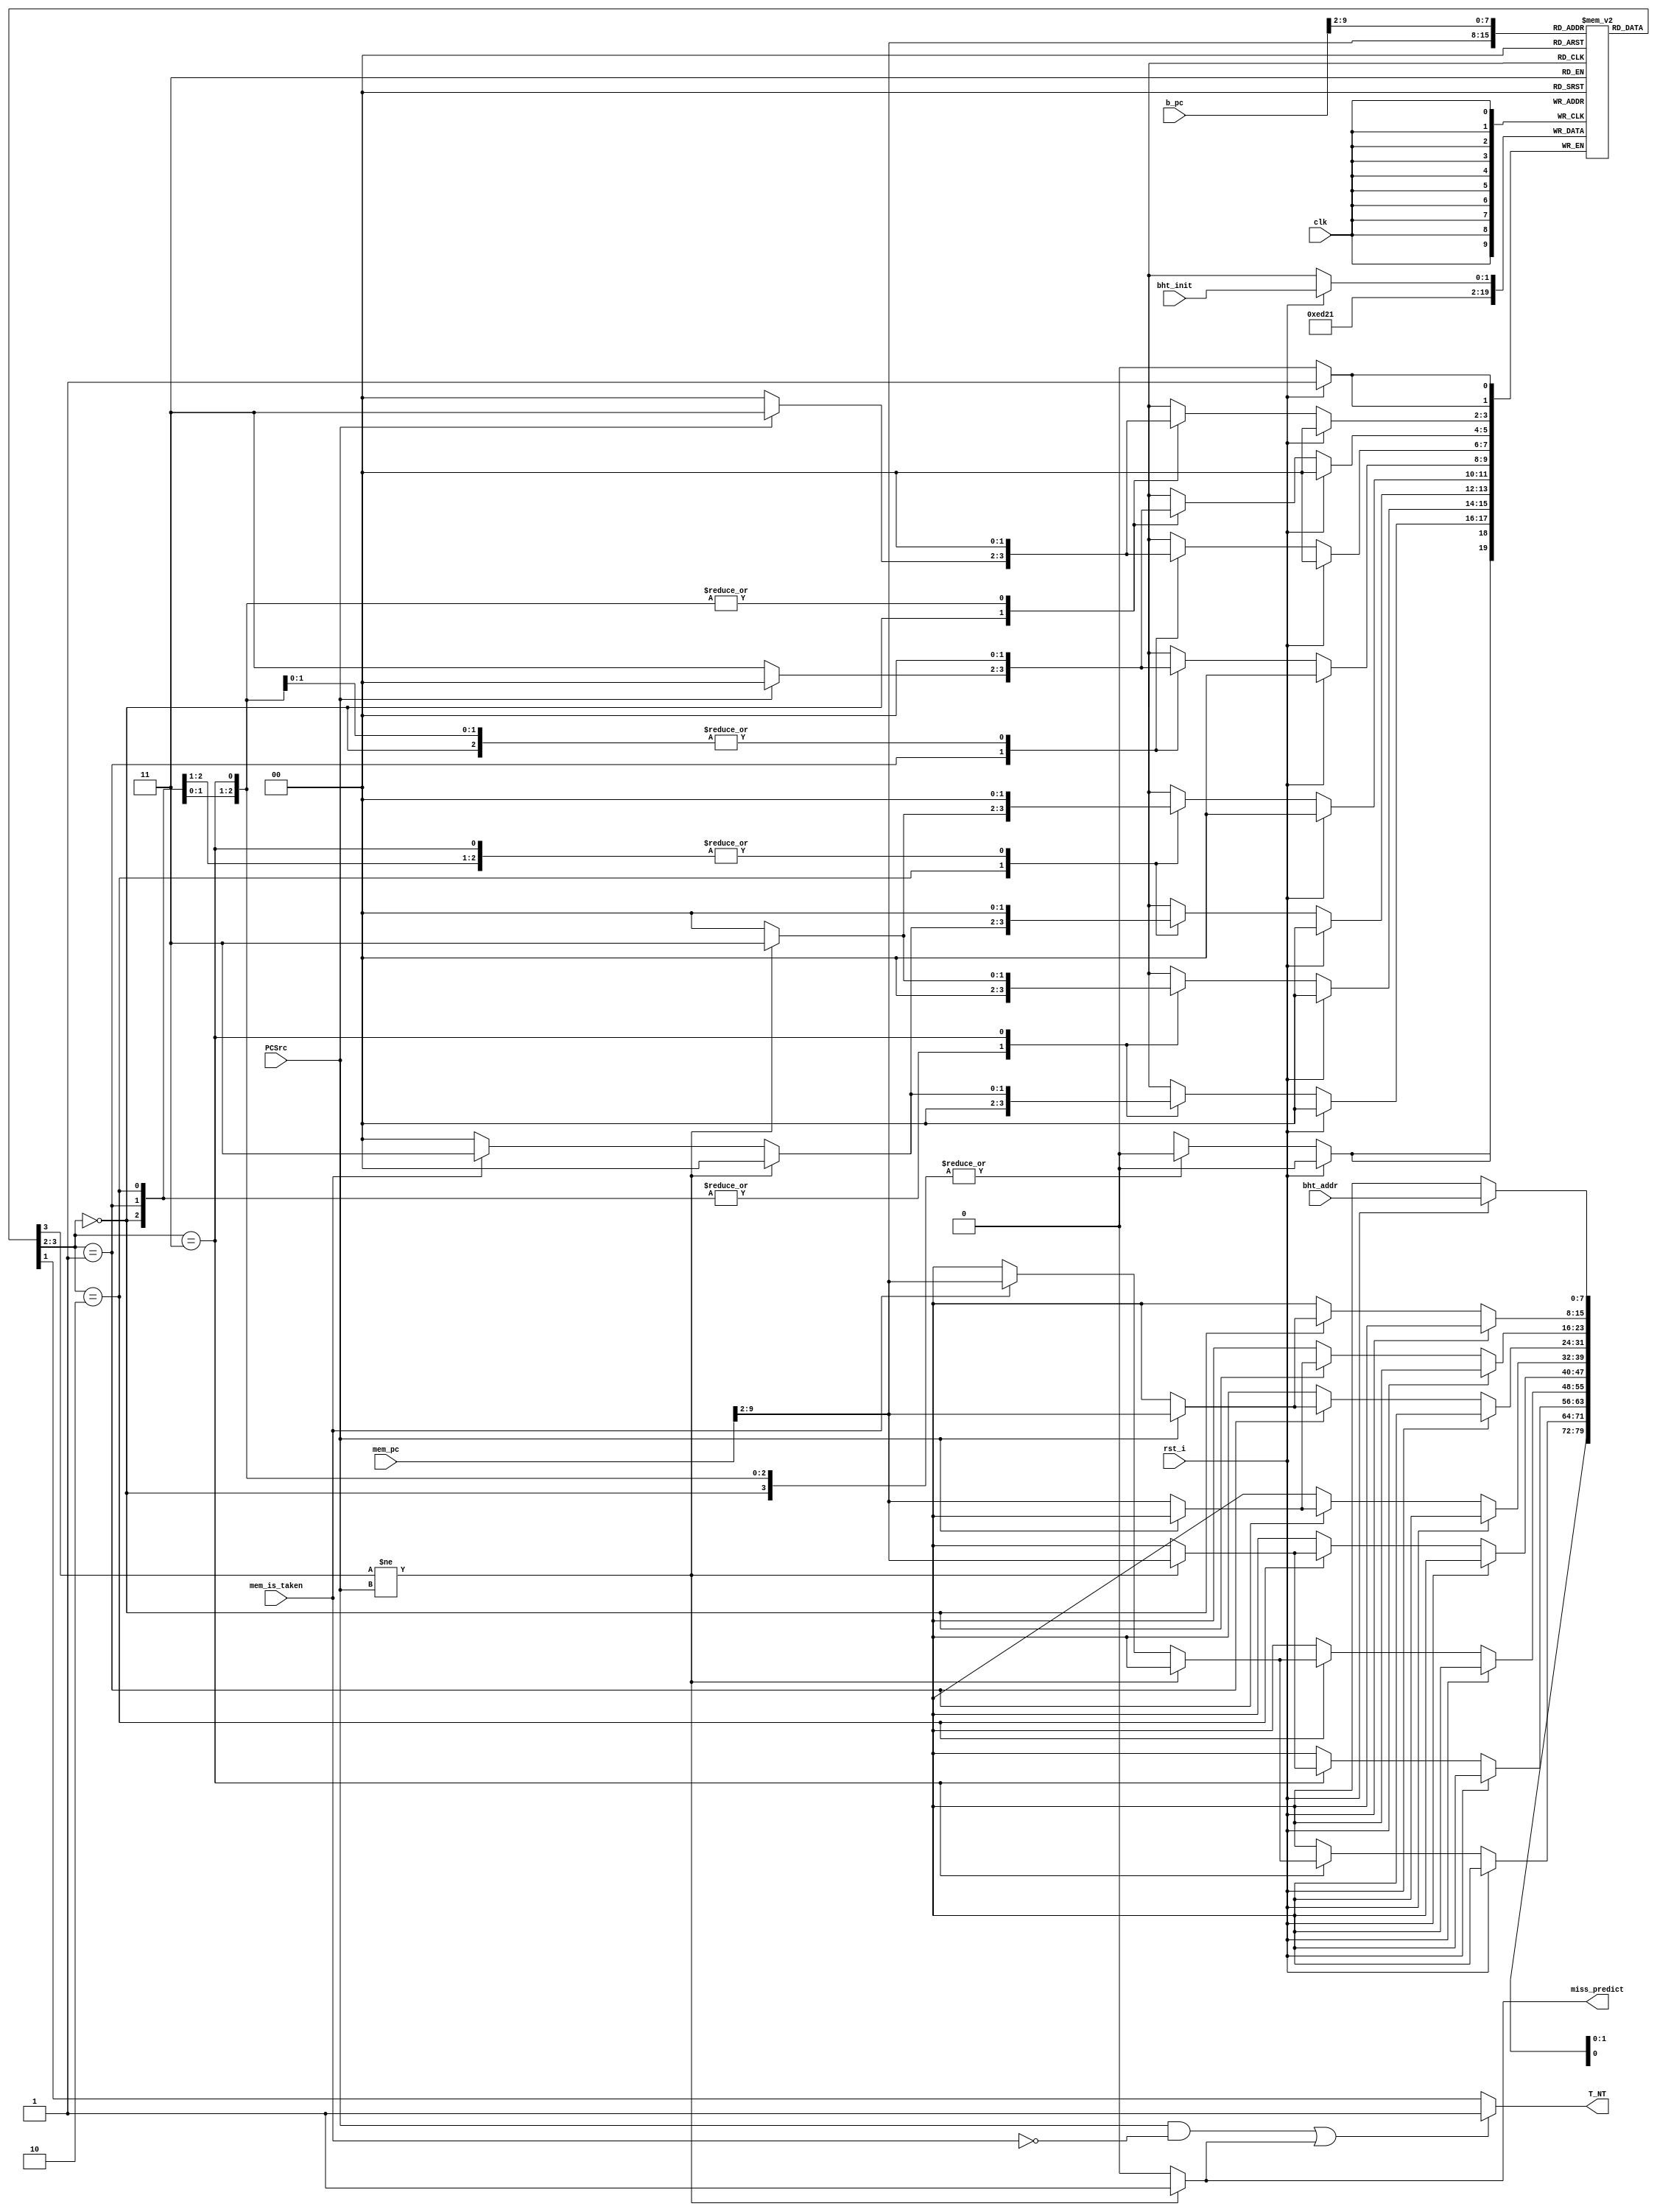
module BHT
#(
    parameter           BHT_SIZE = 256      ,   // BHT 크기
    parameter           HISTORY_LENGTH = 2  ,   // 예측 결과 길이
    parameter   [1:0]   ST = 2'b11          ,
    parameter   [1:0]   wt = 2'b10          ,
    parameter   [1:0]   wn = 2'b01          ,
    parameter   [1:0]   SN = 2'b00
)
(
    input           clk                     ,
    input           rst_i                   ,
    input   [7:0]   bht_addr                ,
    input   [1:0]   bht_init                ,
    
    input           mem_is_taken            ,   // mem stage에서 가져온 hit
    input           PCSrc                   ,   
    input   [31:0]  b_pc                    ,
    input   [31:0]  mem_pc                  ,

    output          T_NT                    ,   // mux의 select 신호로 들어감, BTB에게 serach를 요구  
    output          miss_predict              
);  
    /******************* for simulation *************************/

    generate
        genvar  idx;
        for (idx = 0; idx < 256; idx = idx+1) begin: history_table
            wire [1:0] t_state;
            assign t_state = bht[idx];
        end
    endgenerate

    /********************** module start *************************/

    reg [HISTORY_LENGTH-1:0] bht [0:BHT_SIZE-1];            // 이전 상태를 저장하는 레지스터

    // BHT 갱신
    always @(posedge clk)
    begin                                                       // SN, wn 상태는 3clk 이후 결과를 알 수 있으므로 mem stage에서의 pc값을 가져옴
        if (rst_i) begin
            bht[bht_addr] <= bht_init;
        end
        else begin
            case (bht[mem_pc[9:2]])                            
                SN : begin                                        
                    if (PCSrc) begin                                // PCSrc가 1일 때 jump 
                        bht[mem_pc[9:2]] <= wn;                  // n으로 state를 이동
                    end     
                    else begin                                      
                        bht[mem_pc[9:2]] <= SN;                  //N으로 state 유지함
                    end
                end

                wn : begin
                    if (PCSrc) begin                                // PCSrc가 1일 때 jump
                        bht[mem_pc[9:2]] <= wt;                  // t으로 state를 이동
                    end     
                    else begin
                        bht[mem_pc[9:2]] <= SN;                  //N으로 state 떨어짐
                    end
                end

                wt : begin
                    if (bht[mem_pc[9:2]][1] != PCSrc) begin
                        bht[mem_pc[9:2]] <= wn;                     // miss 나면 아래 state로 내려줌    
                    end 
                    else if (mem_is_taken) begin                        // 
                        bht[mem_pc[9:2]] <= ST;
                    end
                end

                ST : begin
                    if (bht[mem_pc[9:2]][1] != PCSrc) begin              
                        bht[mem_pc[9:2]] <= wt;                     // miss 나면 아래 state로 내려줌
                    end
                    else if (mem_is_taken) begin
                        bht[mem_pc[9:2]] <= ST;
                    end
                end

                default : bht[mem_pc[9:2]] = 2'b0;
            endcase
        end
    end 

    reg miss_predict_r;
    always @ (mem_pc or PCSrc) begin
        miss_predict_r = 1'b0;
        if (bht[mem_pc[9:2]][1] != PCSrc) begin
            miss_predict_r = 1'b1;                              // 3clk이후 PCSrc가 1이면 의도하지 않은 점프 -> miss predict   
        end
    end
    assign miss_predict = miss_predict_r;

    // 예측 결과 출력
    assign T_NT = ((PCSrc && !mem_is_taken) || miss_predict) ? 1'b1 : bht[b_pc[9:2]][1];

endmodule